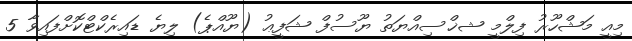
މިއީ މަޝްހޫރު ފިލްމީ ޝޚްސިއްޔަތު ޔޫސުފް ޝަފީޢު (ޔޫއްޕެ) ލިޔެ ޑައިރެކްޓްކޮށްފައިވާ 5